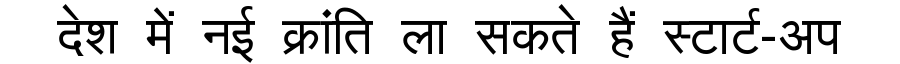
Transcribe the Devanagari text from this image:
देश में नई क्रांति ला सकते हैं स्टार्ट-अप